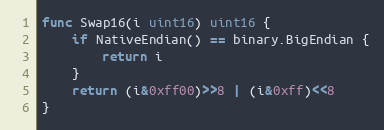
Language: Go
func Swap16(i uint16) uint16 {
	if NativeEndian() == binary.BigEndian {
		return i
	}
	return (i&0xff00)>>8 | (i&0xff)<<8
}